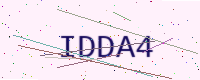
Text: IDDA4